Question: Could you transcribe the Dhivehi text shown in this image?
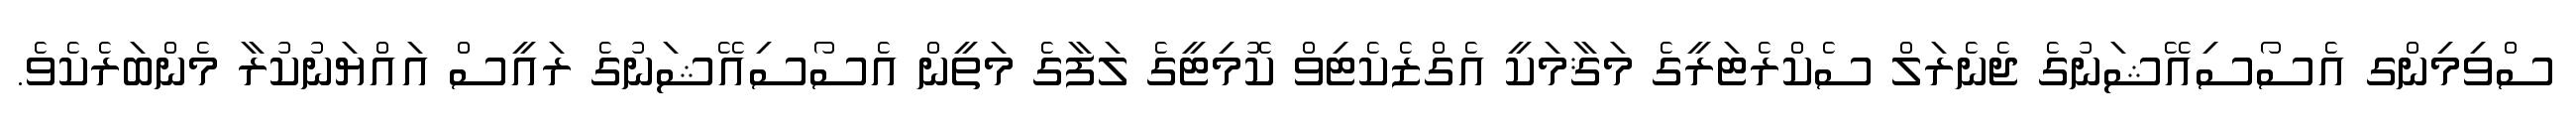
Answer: ސްވިމިންގ އެސޯސިއޭޝަނުގެ ޖެނެރަލް ސެކްރެޓަރީގެ މަޤާމަކީ އެގްޒެކެޓިވް ކޮމިޓީގެ ލަފާގެ މަތީން އެސޯސިއޭޝަނުގެ ރައީސް އައްޔަނުކުރާ މެންބަރެކެވެ.